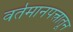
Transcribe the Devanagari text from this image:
वर्तमानपत्त्रातून